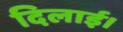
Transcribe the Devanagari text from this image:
दिलाई।